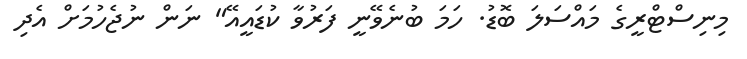
މިނިސްޓްރީގެ މައްސަލަ ބޮޑު. ހަމަ ބުނެވޭނީ ފަރުވާ ކުޑައީއޭ" ނަން ނުޖެހުމަށް އެދި